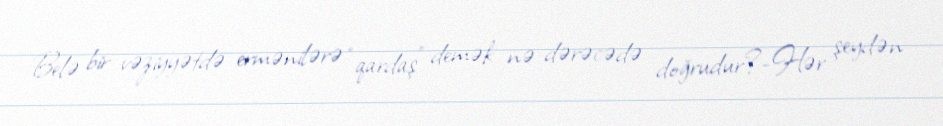
Belə bir vəziyyətdə ermənilərə “qardaş” demək nə dərəcədə doğrudur?-Hər şeydən